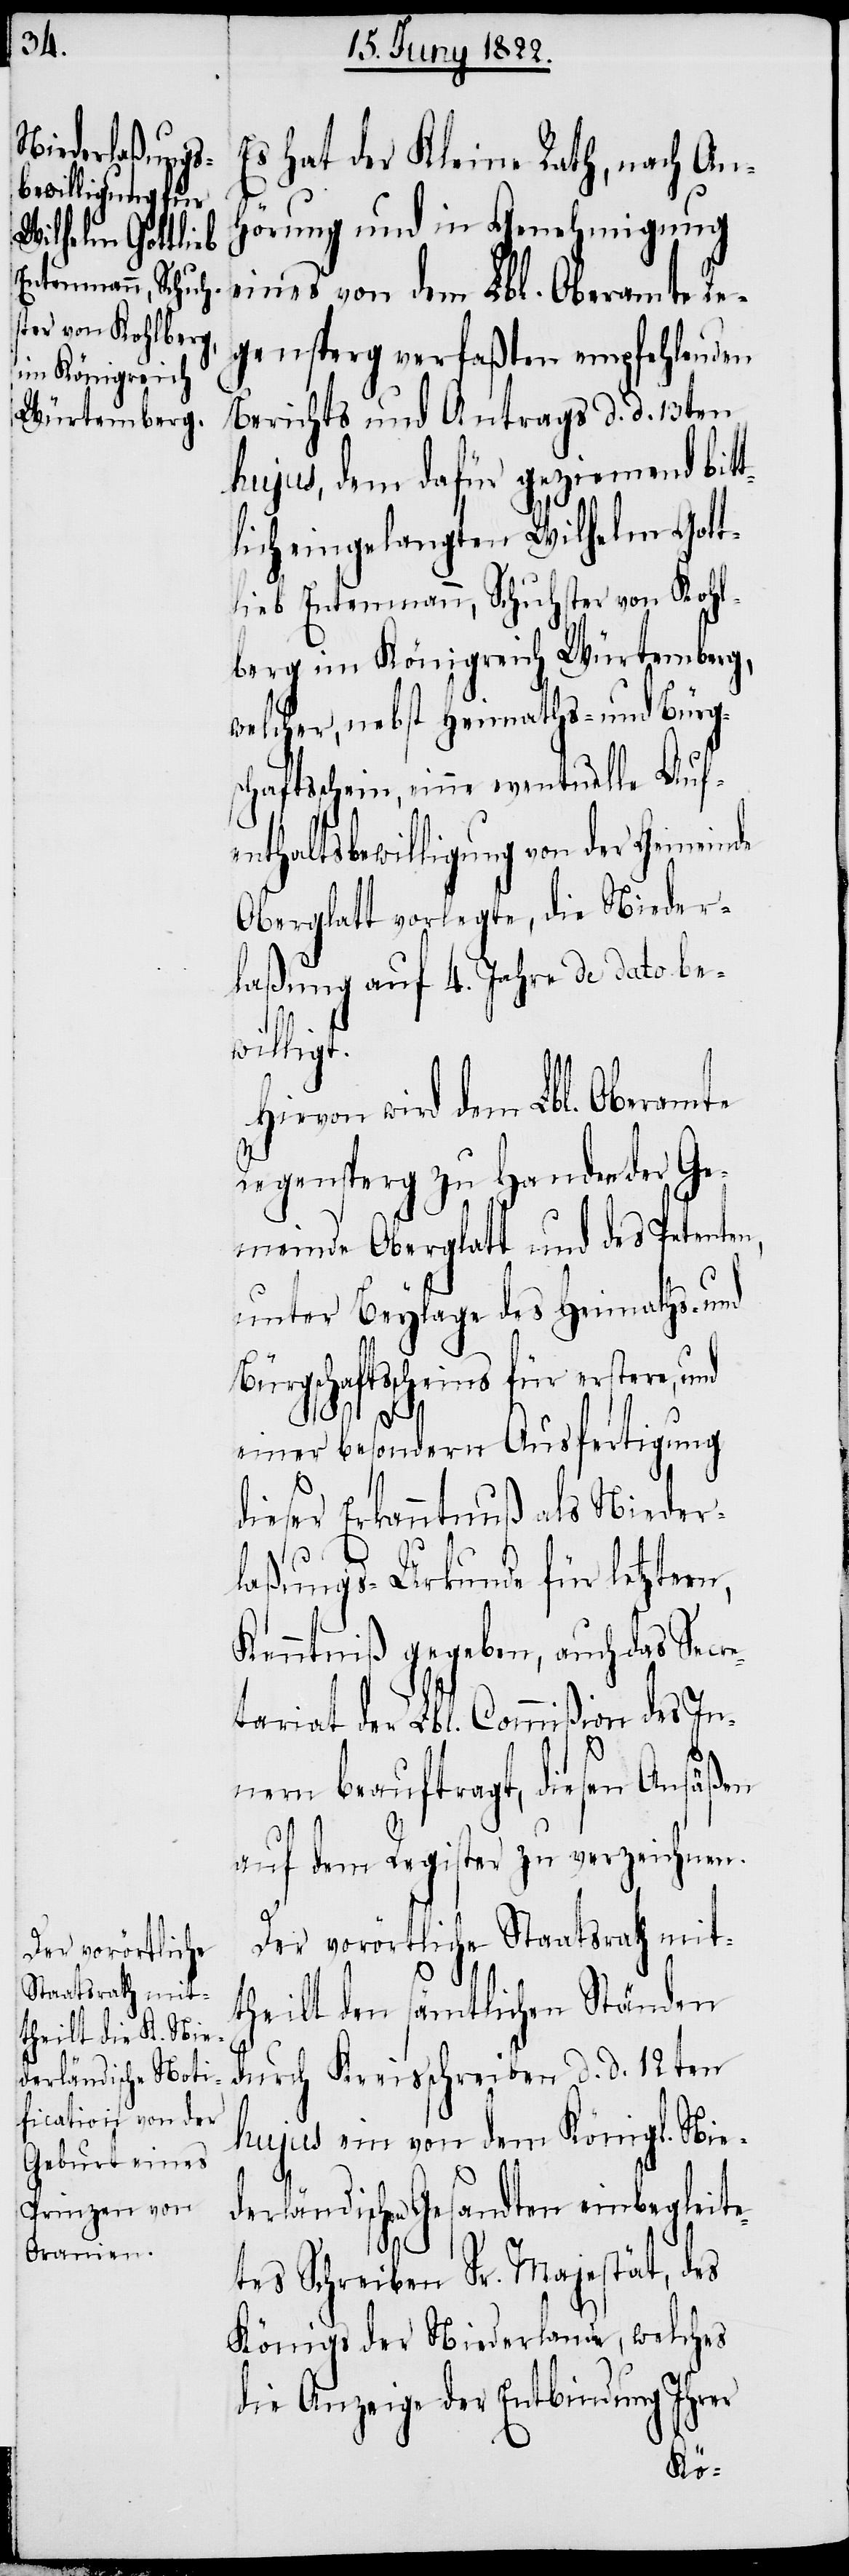
Es hat der Kleine Rath, nach An¬
hörung und in Genehmigung
eines von dem Lbl. Oberamte Re¬
gensperg verfaßten empfehlenden
Berichts und Antrags d. d. 13ten
hujus, dem dafür geziemend bit¬
lich eingelangten Wilhelm Gott¬
lieb Entenmann, Schuhster von Kohl¬
berg im Königreich Würtemberg,
welcher, nebst Heymaths- und Bürg¬
schaftsschein, eine eventuelle Aufe¬
nthaltsbewilligung von der Gemeinde
Oberglatt vorlegte, die Nieder¬
laßung auf 4. Jahre de dato be¬
t¬
willigt.
Hievon wird dem Lbl. Oberamte
Regensperg zu Handen der Ge¬
meinde Oberglatt und des Petenten,
unter Beylage des Heimaths- und
Bürgschaftsscheins für erstere,
einer besondern Ausfertigung
dieser Erkenntniß als Nieder¬
laßungs-Urkunde für letztern,
Kenntniß gegeben, auch das Secre¬
iat beauftragt, diesen Ansäßen
auf dem Register zu verzeichnen.
Der vorörtliche Staatsrath mit¬
theilt den sämtlichen Ständen
durch Kreisschreiben d. d. 12ten
hujus ein von dem Königl. Nie¬
derländischen Gesandten einbegleite¬
tes Schreiben Sr. Majestät, des
Königs der Niederlande, welches
die Anzeige der Entbindung Ihrer
tar¬